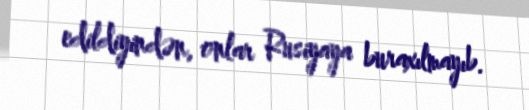
edildiyindən, onlar Rusiyaya buraxılmayıb.